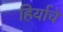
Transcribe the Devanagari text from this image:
हिर्याचे